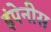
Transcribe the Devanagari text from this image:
इंपेनीस